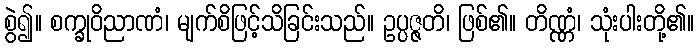
စွဲ၍။ စက္ခုဝိညာဏံ၊ မျက်စိဖြင့်သိခြင်းသည်။ ဥပ္ပဇ္ဇတိ၊ ဖြစ်၏။ တိဏ္ဏံ၊ သုံးပါးတို့၏။